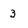
Character: 3